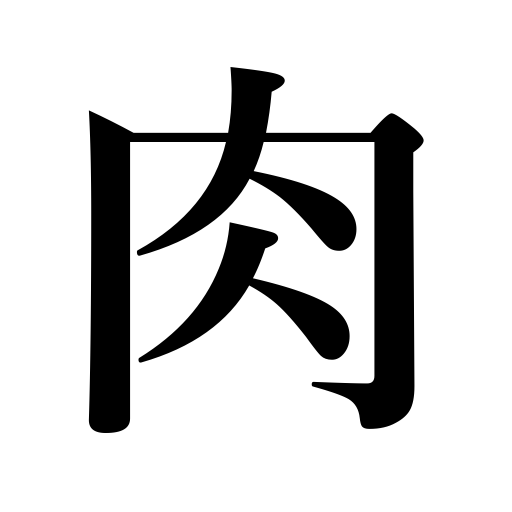
Meanings: flesh,succulence,muscles,ink pad,thickness,seal pad,the flesh,meat